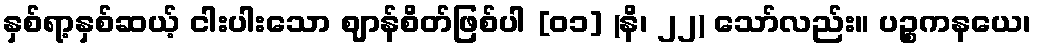
နှစ်ရာ့နှစ်ဆယ့် ငါးပါးသော ဈာန်စိတ်ဖြစ်ပါ [၀၁] (နိ၊ ၂၂) သော်လည်း။ ပဉ္စကနယေ၊